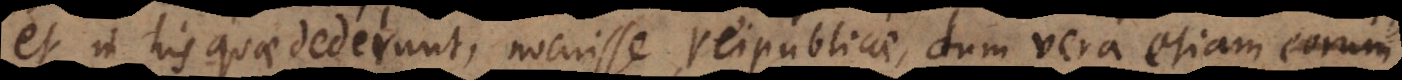
et in his quae dederunt, nocuisse reipublicae, dum vera etiam eorum